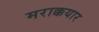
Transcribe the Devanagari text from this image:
मराक्कयार